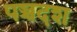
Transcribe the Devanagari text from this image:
पञ्चदश